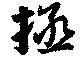
拯